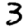
Digit: 3